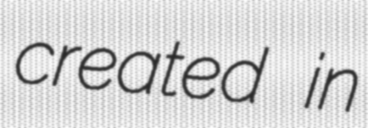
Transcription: created in